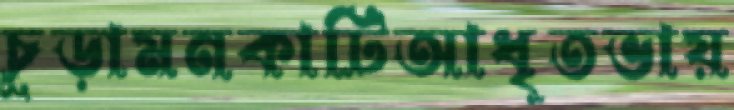
চূড়ামনকাটিআধৃতভায়